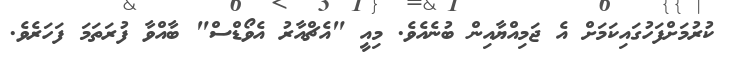
ކުރުމަށްފަހުގައިކަމަށް އެ ޖަމިއްޔާއިން ބުނެއެވެ. މިއީ "އެޗްއާރު އެވޯޑްސް" ބާއްވާ ފުރަތަމަ ފަހަރެވެ.